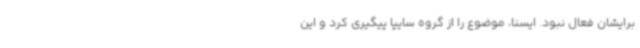
برایشان فعال نبود. ایسنا، موضوع را از گروه سایپا پیگیری کرد و این